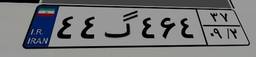
۲۸گ۳۰۱۱۵